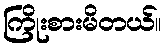
ကြိုးစားမိတယ်။